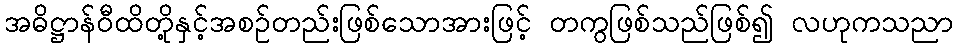
အဓိဋ္ဌာန်ဝီထိတို့နှင့်အစဉ်တည်းဖြစ်သောအားဖြင့် တကွဖြစ်သည်ဖြစ်၍ လဟုကသညာ